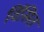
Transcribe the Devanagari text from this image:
विंसित